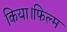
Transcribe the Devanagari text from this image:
किया।फिल्म